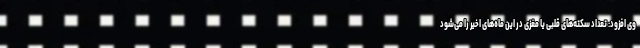
وی افزود: تعداد سکته‌های قلبی یا مغزی در این ماه‌های اخیر را می‌شود